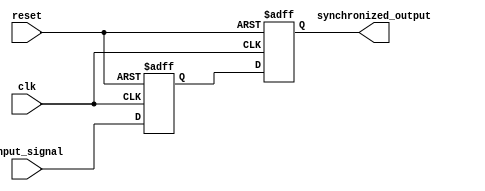
module timing_control_synchronizer (
    input              clk,          // System clock
    input              reset,       // Reset signal
    input              input_signal,   // Input signal to be synchronized
    output reg      synchronized_output   // Synchronized output signal
);

reg first_flipflop, second_flipflop;

always @(posedge clk or posedge reset) begin
    if (reset) begin
        first_flipflop <= 1'b0;
        second_flipflop <= 1'b0;
    end else begin
        first_flipflop <= input_signal;
        second_flipflop <= first_flipflop;
    end
end

assign synchronized_output = second_flipflop;

endmodule